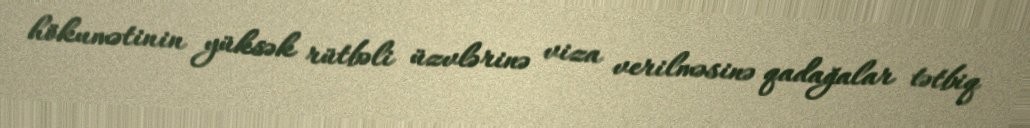
hökumətinin yüksək rütbəli üzvlərinə viza verilməsinə qadağalar tətbiq